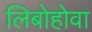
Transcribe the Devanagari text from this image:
लिबोहोवा